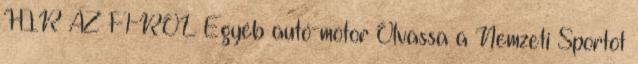
HÍR AZ F1-RŐL Egyéb autó-motor Olvassa a Nemzeti Sportot